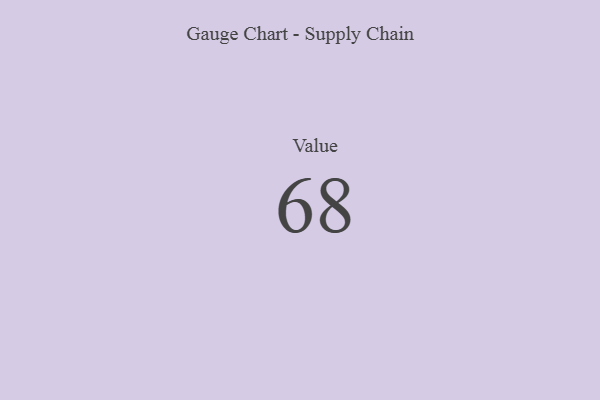
{"axis": {"x": "Metric", "y": "Value"}, "legend": [""], "data": [{"x": "Value", "y": 68, "type": ""}]}